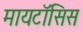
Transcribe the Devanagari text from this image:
मायटॉसिस